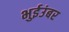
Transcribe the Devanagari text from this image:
भुईउंबर